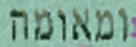
ומאומה